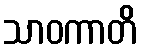
သာဝကာတိ